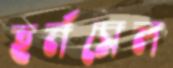
হর্নসেল